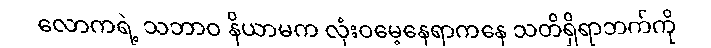
လောကရဲ့ သဘာဝ နိယာမက လုံးဝမေ့နေရာကနေ သတိရှိရာဘက်ကို